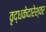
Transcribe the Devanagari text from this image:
वृद्धकेदारेश्वर